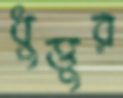
ধুত্তুর